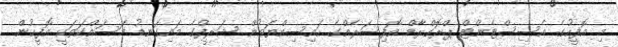
މި އޮފީހުގެ އެސިސްޓެންޓް ޕްރޮގްރާމް އޮފިސަރެއްގެ ހައިސިއްޔަތުން ޝަރީފްގެ މައިގަނޑު މަސައްކަތަކީ އޮފީހުން